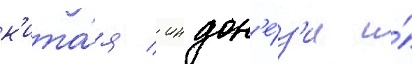
к'ита́я / индон'е́з'ии и́